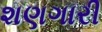
શણગારી